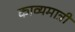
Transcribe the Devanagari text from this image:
काव्यमात्री